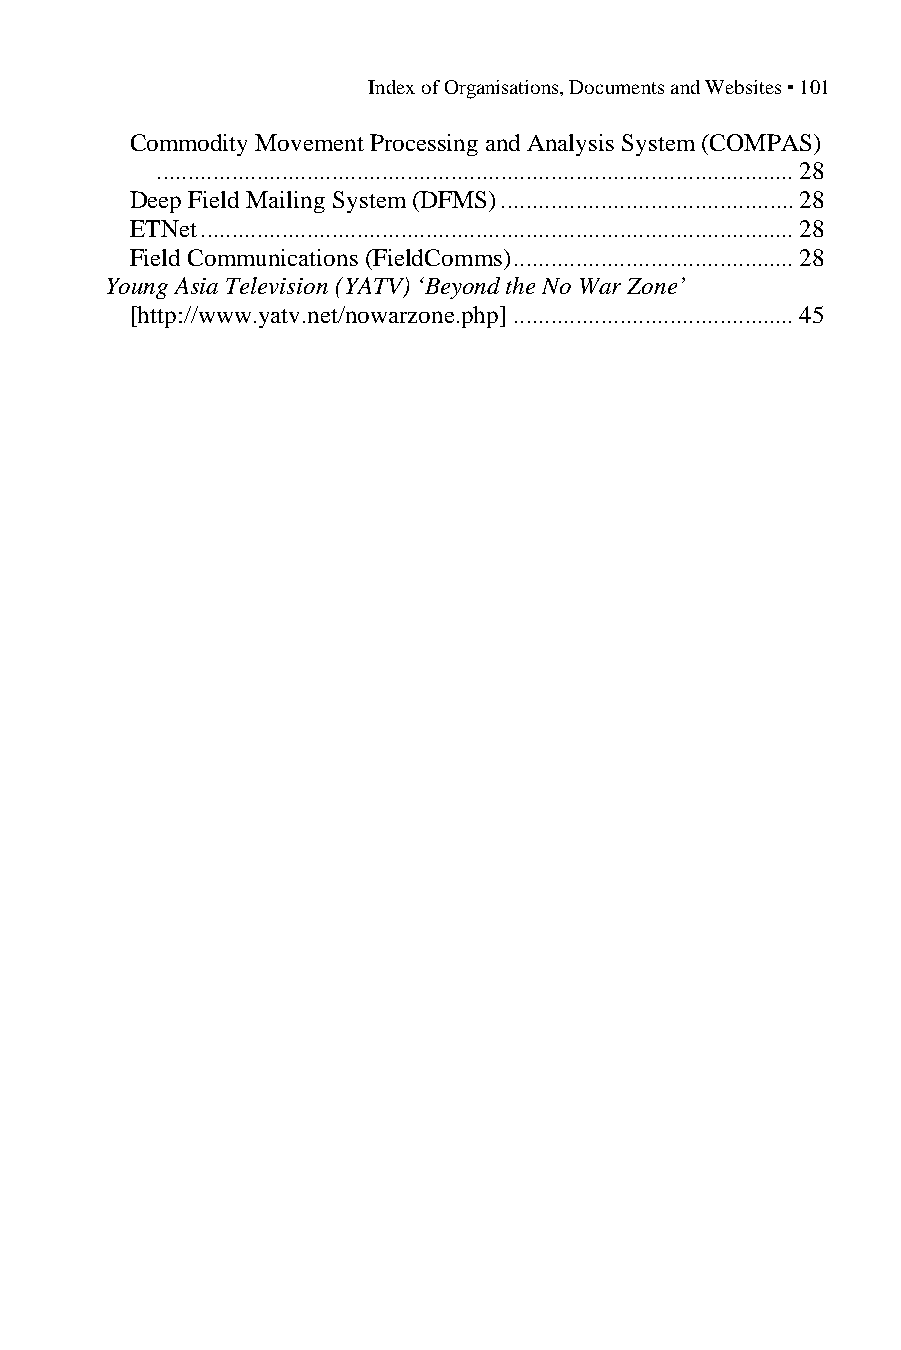
Index of Organisations, Documents and Websites ▪ 101
 Commodity Movement Processing and Analysis System (COMPAS)
 ......................................................................................................28
 Deep Field Mailing System (DFMS)...............................................28
 ETNet...............................................................................................28
 Field Communications (FieldComms).............................................28
 Young Asia Television (YATV) ‘Beyond the No War Zone’
 [http://www.yatv.net/nowarzone.php].............................................45